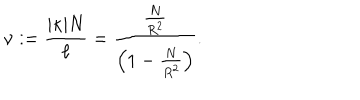
LaTeX: \nu : = \frac { | \kappa | N } { \ell } = \frac { \frac { N } { R ^ { 2 } } } { \left( 1 - \frac { N } { R ^ { 2 } } \right) } .